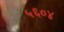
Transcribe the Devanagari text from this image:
५६०४